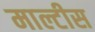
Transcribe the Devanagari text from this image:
माल्टीस